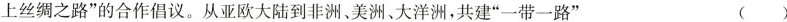
上丝绸之路”的合作倡议。从亚欧大陆到非洲、美洲、大洋洲，共建”一带一路” ()